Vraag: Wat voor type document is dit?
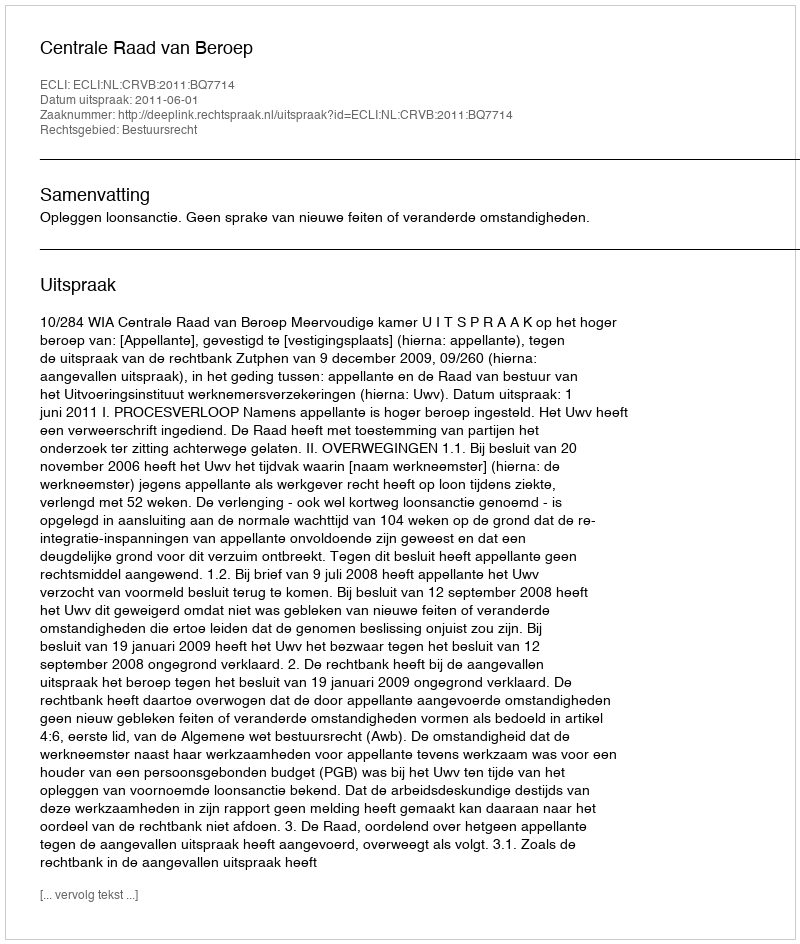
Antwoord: Uitspraak